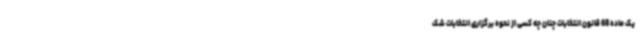
یک ماده 68 قانون انتخابات چنان چه کسی از نحوه برگزاری انتخابات شک